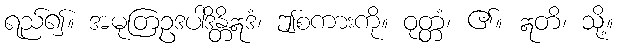
ရည်၍။ အမုတြဥဒပါဒိန္တိဣဒံ၊ ဤစကားကို။ ဝုတ္တံ၊ ၏။ ဣတိ၊ သို့။